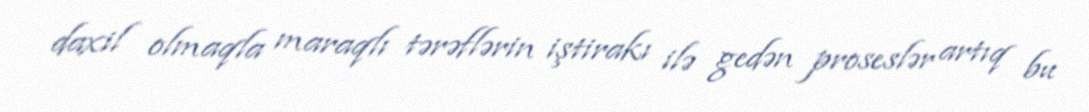
daxil olmaqla maraqlı tərəflərin iştirakı ilə gedən proseslər artıq bu